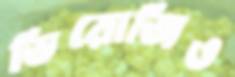
ডিরোজিও